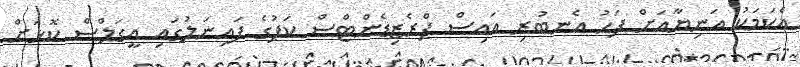
އެކަމަކު އަނިޔާއަށް ފަހު އެނބުރި އައިސް ޕްރެޒިޑެންޓްސް ކަޕުގެ ފައިނަލުގައި އީގަލްސް ކޮޅަށް